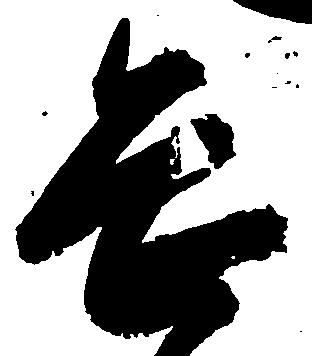
畏